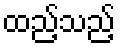
ထည့်သည့်